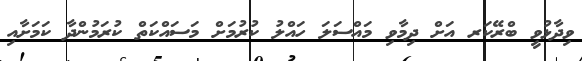
ވިދާޅުވީ ބްރޭކަރ އަށް ދިމާވި މައްސަލަ ހައްލު ކުރުމަށް މަސައްކަތް ކުރަމުންދާ ކަމަށާއި